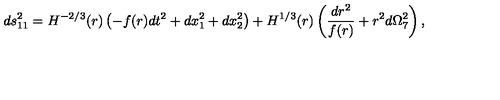
d s _ { 1 1 } ^ { 2 } = H ^ { - 2 / 3 } ( r ) \left( - f ( r ) d t ^ { 2 } + d x _ { 1 } ^ { 2 } + d x _ { 2 } ^ { 2 } \right) + H ^ { 1 / 3 } ( r ) \left( \frac { d r ^ { 2 } } { f ( r ) } + r ^ { 2 } d \Omega _ { 7 } ^ { 2 } \right) ,